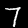
Label: 7